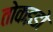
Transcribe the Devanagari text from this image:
तोकइडो